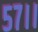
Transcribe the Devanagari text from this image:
५७।।